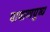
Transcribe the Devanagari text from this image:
पाषाणपुष्प